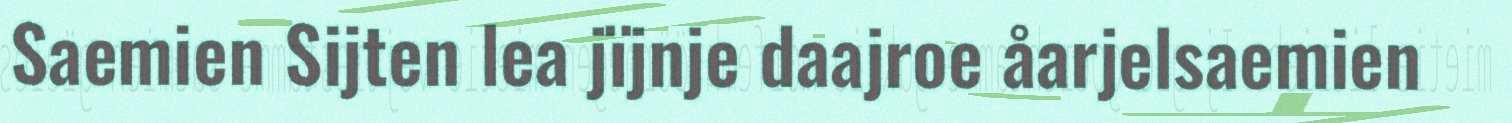
Saemien Sijten lea jïjnje daajroe åarjelsaemien